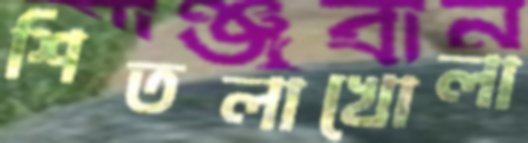
শিতলাখোলা